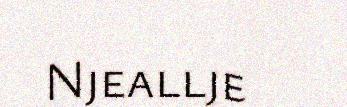
Njeallje